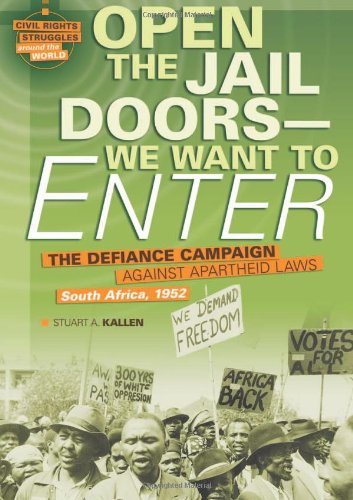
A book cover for Open the Jail Doors EE We Want to Enter: The Defiance Campaign Against Apartheid Laws, South Africa, 1952 (Civil Rights Struggles Around the World); Stuart A. Kallen; Teen & Young Adult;